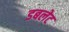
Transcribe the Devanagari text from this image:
डबलेट